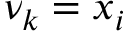
\nu _ { k } = x _ { i }